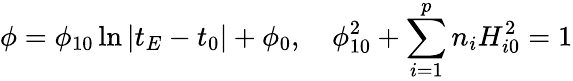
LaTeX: \phi=\phi_{10}\ln\left|t_{E}-t_{0}\right|+\phi_{0},\quad\phi_{10}^{2}+\sum_{i=1}^{p}n_{i}H_{i0}^{2}=1